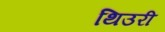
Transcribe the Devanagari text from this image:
थिउरी